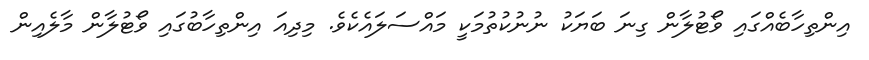
އިންތިހާބެއްގައި ވޯޓުލާން ގިނަ ބަޔަކު ނުނުކުތުމަކީ މައްސަލައެކެވެ. މިދިއަ އިންތިހާބުގައި ވޯޓުލާން މާލެއިން